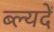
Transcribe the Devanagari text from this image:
ब्ल्यदें